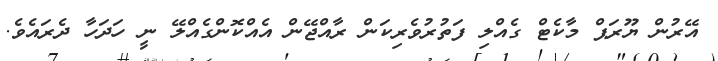
އޭރުން ޔޫރަޕް މާކެޓް ގެއްލި ފަތުރުވެރިކަން ރާއްޖޭން އެއްކޮންގެއްލޭ ނީ ހަދަހާ ދެރައެވެ.